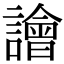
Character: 譮